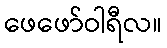
ဖေဖော်ဝါရီလ။